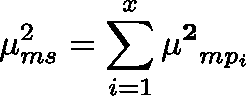
\mu _ { m s } ^ { 2 } = \sum _ { i = 1 } ^ { x } \mathbf { \mu ^ { 2 } } _ { m p _ { i } }